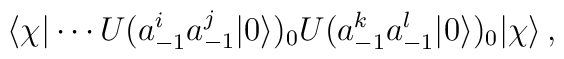
\langle\chi|\cdots U(a_{-1}^ia_{-1}^j|0\rangle)_0U(a_{-1}^ka_{-1}^l|0\rangle)_0|\chi\rangle\,,